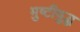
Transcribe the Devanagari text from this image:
मुष्टीयुद्ध